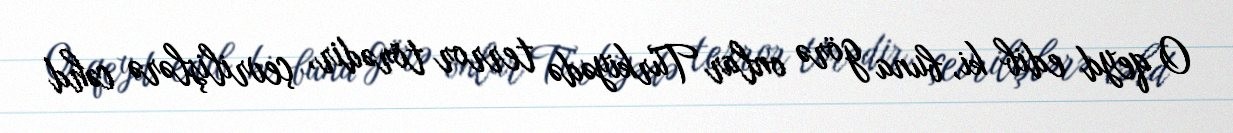
O qeyd edib ki, buna görə onlar Türkiyədə terror törədir, çevrilişlərə cəhd